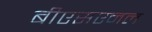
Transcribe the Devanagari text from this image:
बीएसएनल